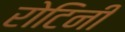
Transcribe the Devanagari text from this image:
रोटिनी